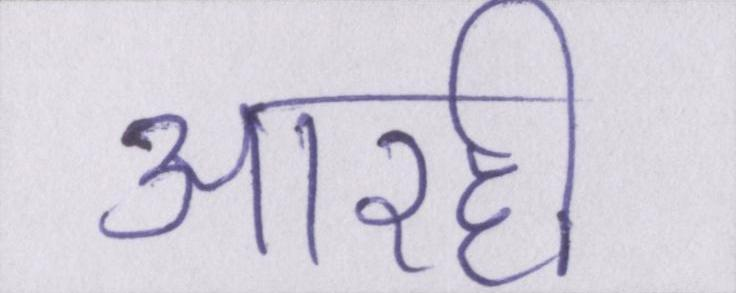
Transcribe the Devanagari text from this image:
आरही